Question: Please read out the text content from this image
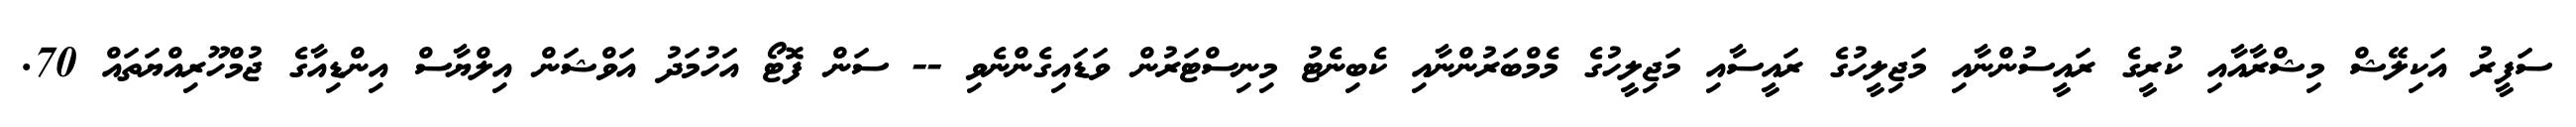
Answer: ސަފީރު އަކިލޭޝް މިޝްރާއާއި ކުރީގެ ރައީސުންނާއި މަޖިލީހުގެ ރައީސާއި މަޖިލީހުގެ މެމްބަރުންނާއި ކެބިނެޓު މިނިސްޓަރުން ވަޑައިގެންނެވި -- ސަން ފޮޓޯ އަހުމަދު އަވްޝަން އިލްޔާސް އިންޑިއާގެ ޖުމްހޫރިއްޔަތައް 70.